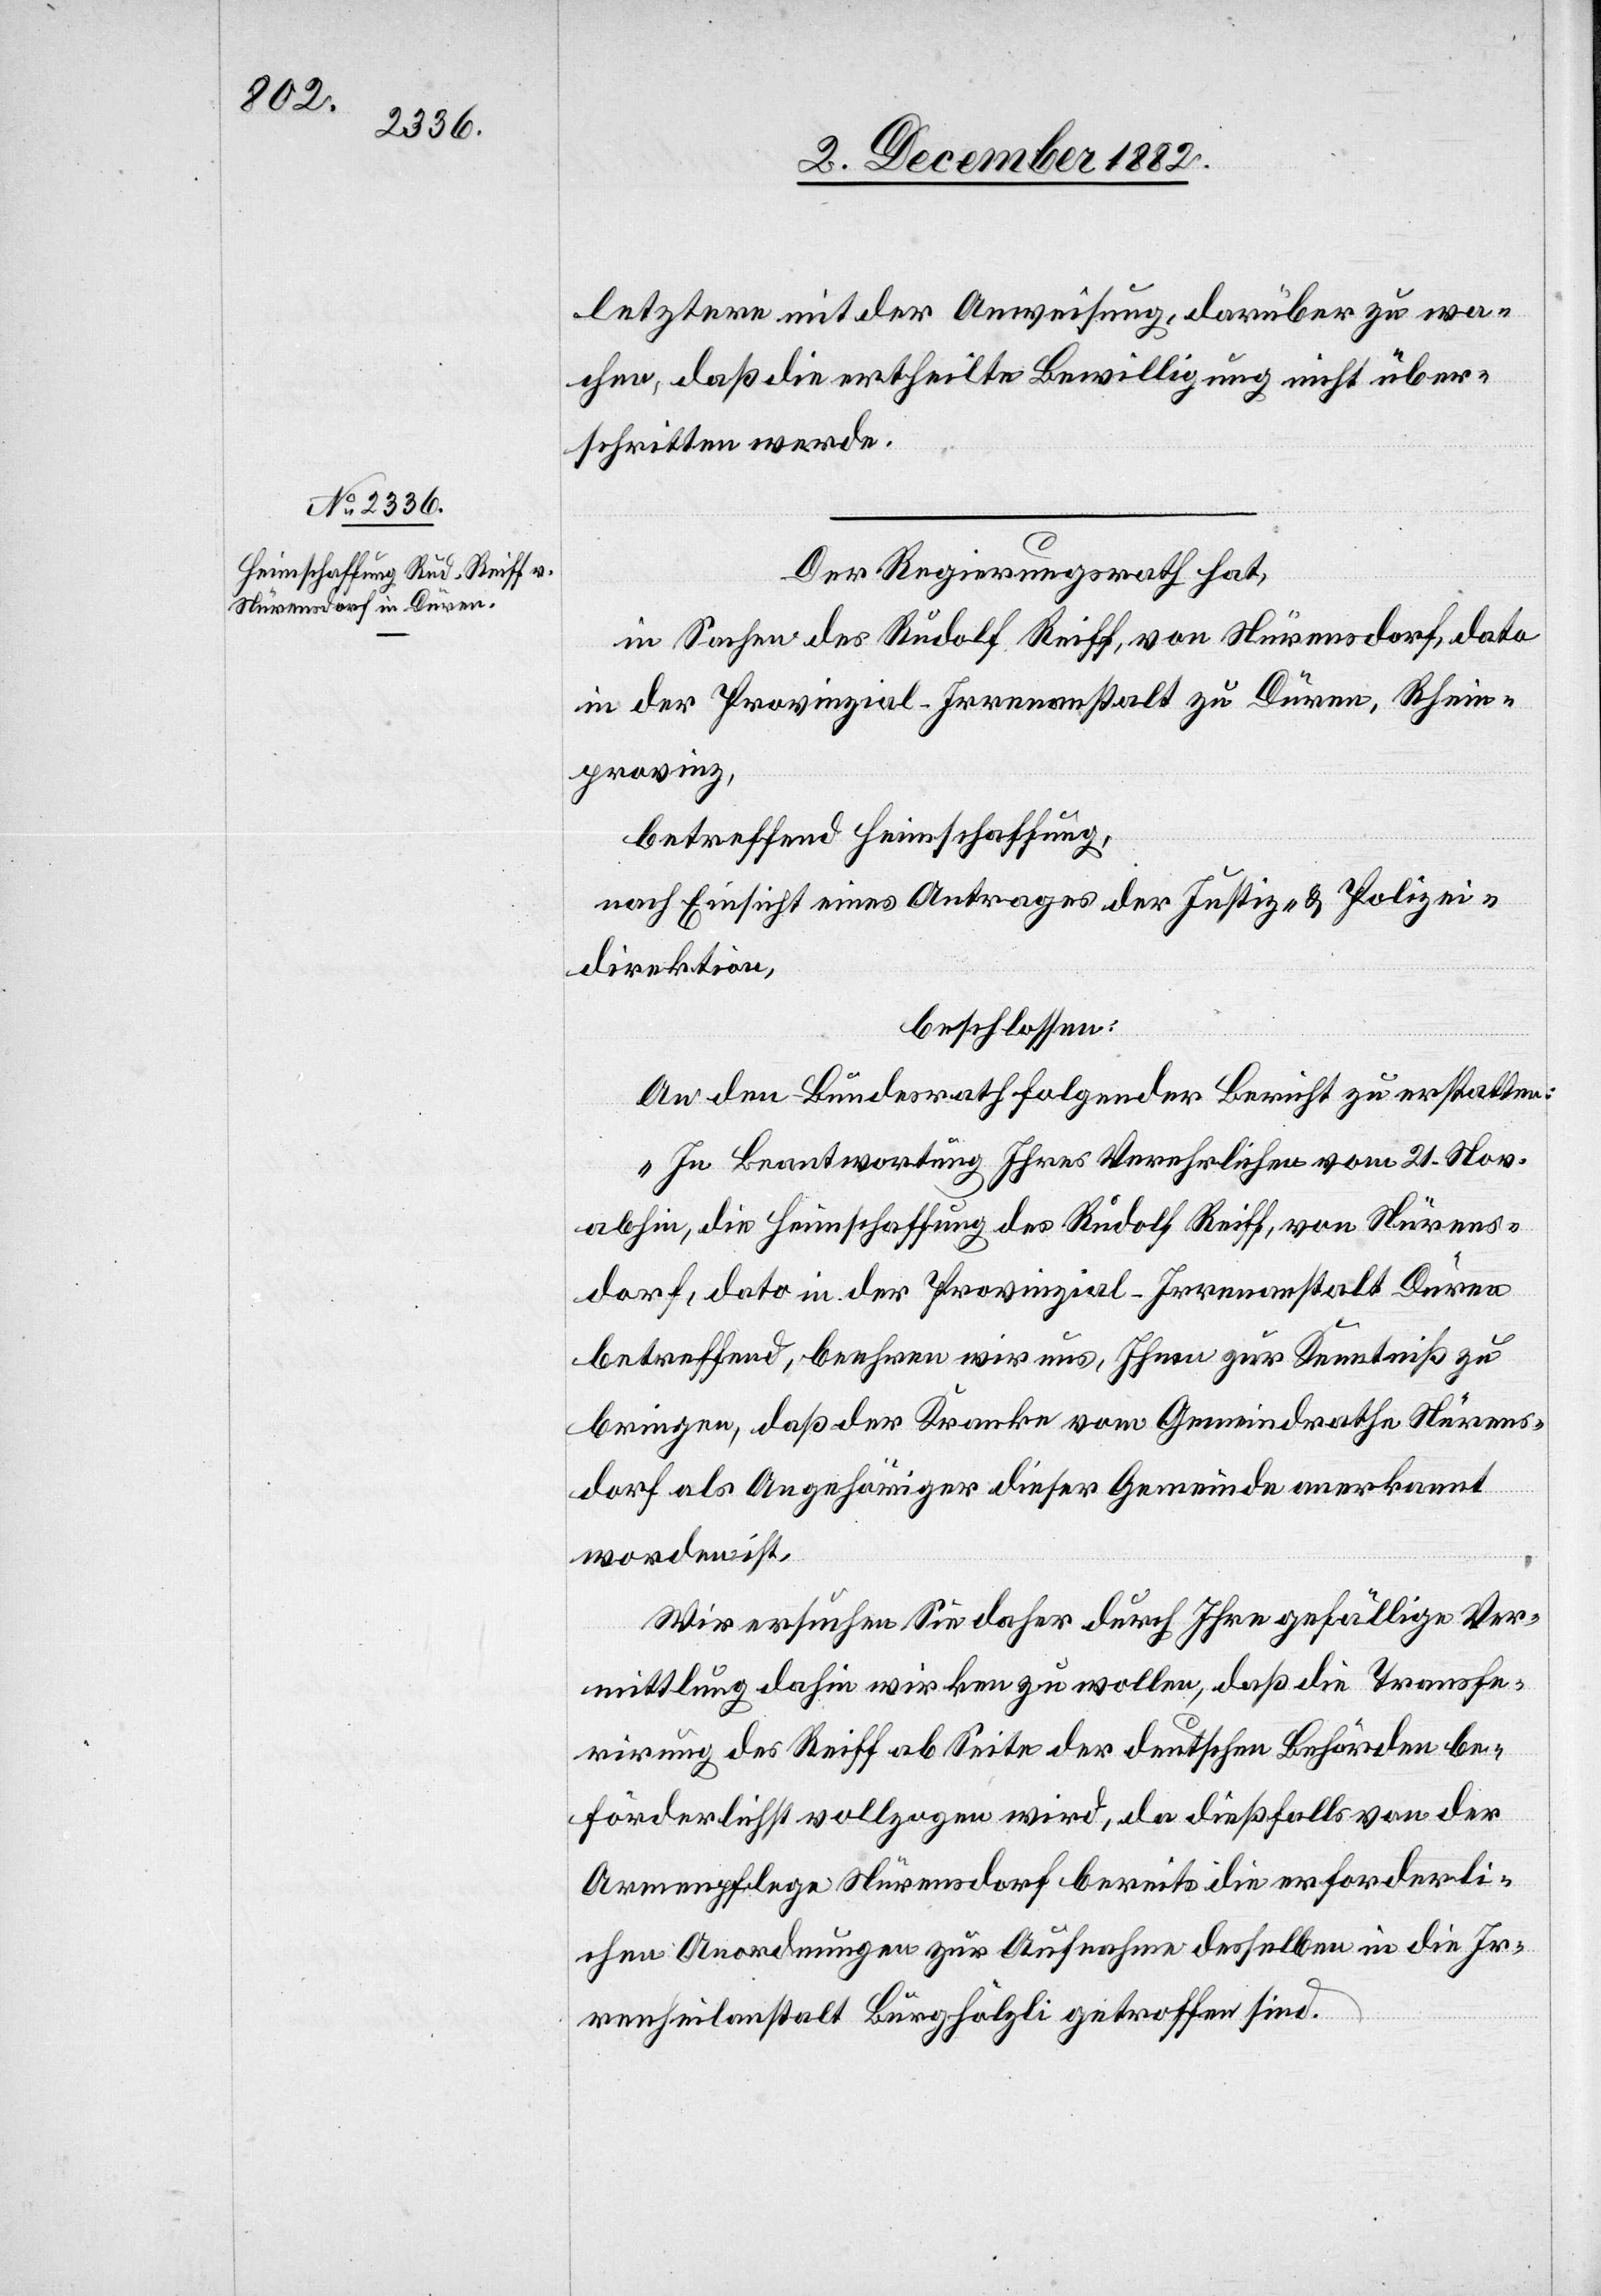
6. December 1882.]
letztern mit der Anweisung, darüber zu wa¬
chen, daß die ertheilte Bewilligung nicht über¬
schritten werde.
Der Regierungsrath hat,
in Sachen des Rudolf Reiff, von Nürensdorf, dato
in der Provinzial-Irrenanstalt zu Düren, Rhein¬
provinz,
betreffend Heimschaffung,
nach Einsicht eines Antrages der Justiz- & Polizei¬
direktion,
beschlossen:
An den Bundesrath [ist] folgender Bericht zu erstatten:
„In Beantwortung Ihres Verehrlichen vom 21. Nov.
abhin, die Heimschaffung des Rudolf Reiff, von Nürens¬
dorf, dato in der Provinzial-Irrenanstalt Düren
betreffend, beehren wir uns, Ihnen zur Kenntniß zu
bringen, daß der Kranke vom Gemeindrathe Nürens¬
dorf als Angehöriger dieser Gemeinde anerkannt
worden ist.
Wir ersuchen Sie daher durch Ihre gefällige Ver¬
mittlung dahin wirken zu wollen, daß die Transfe¬
rirung des Reiff ab Seite der deutschen Behörden be¬
förderlich vollzogen wird, da dießfalls von der
Armenpflege Nürensdorf bereits die erforderli¬
chen Anordnungen zur Aufnahme desselben in die Ir¬
renheilanstalt Burghölzli getroffen sind.